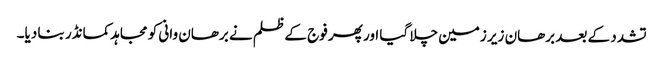
تشدد کے بعد برھان زیر زمین چلا گیا اور پھر فوج کے ظلم نے برھان وانی کو مجاہدکمانڈر بنا دیا۔